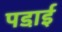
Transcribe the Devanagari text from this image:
पडा़ई